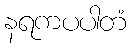
နရကပပါတံ